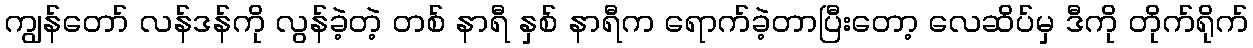
ကျွန်တော် လန်ဒန်ကို လွန်ခဲ့တဲ့ တစ် နာရီ နှစ် နာရီက ရောက်ခဲ့တာပြီးတော့ လေဆိပ်မှ ဒီကို တိုက်ရိုက်